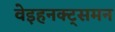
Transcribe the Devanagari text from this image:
वेइहनक्ट्समन